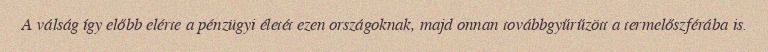
A válság így előbb elérte a pénzügyi életét ezen országoknak, majd onnan továbbgyűrűzött a termelőszférába is.